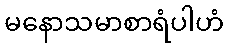
မနောသမာစာရံပါဟံ